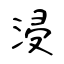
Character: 浸